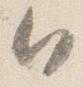
日